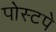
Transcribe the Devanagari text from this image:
पोस्टपे